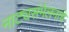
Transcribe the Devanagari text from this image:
नाट्यसंमेलनांचे